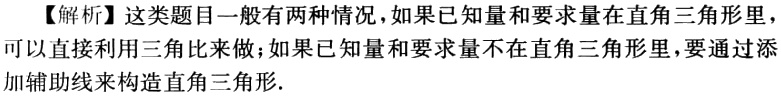
【解析】这类题目一般有两种情况，如果已知量和要求量在直角三角形里，可以直接利用三角比来做；如果已知量和要求量不在直角三角形里，要通过添加辅助线来构造直角三角形.